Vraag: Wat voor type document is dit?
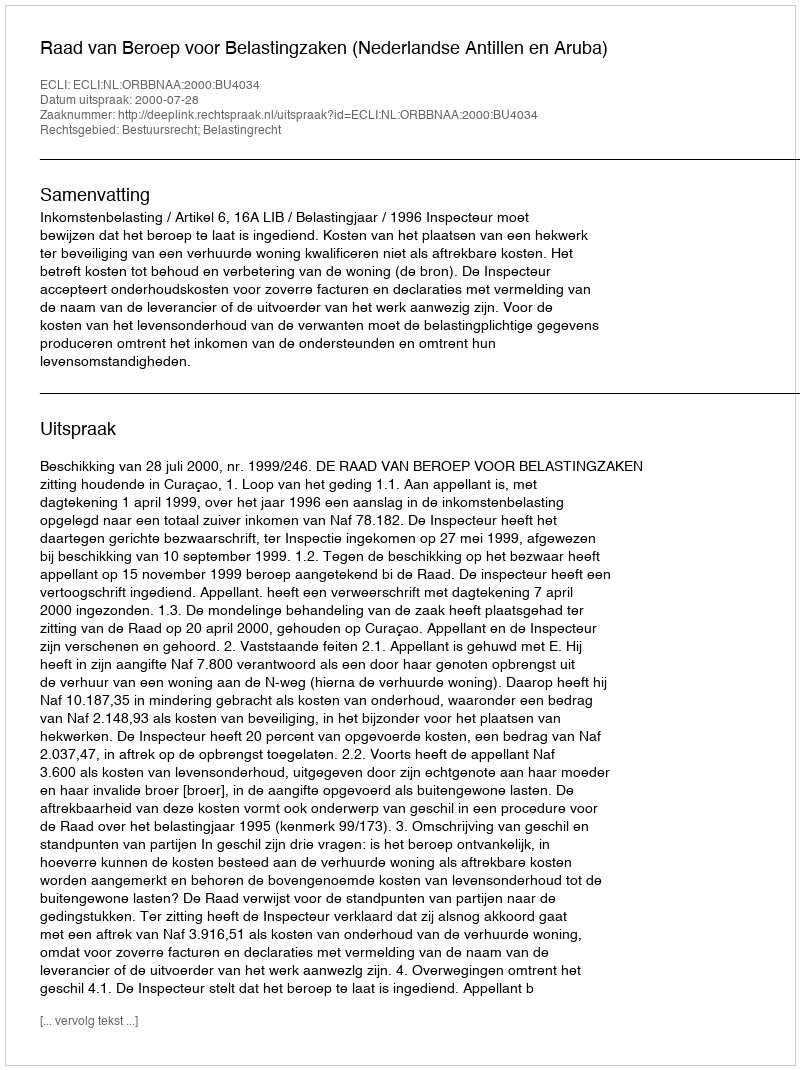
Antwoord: Uitspraak